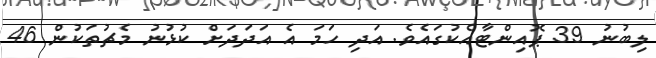
ލިބުނު 39 ޕޮއިންޓާއެކުގައެވެ. އަދި ހަމަ އެ އަދަދަށް ކުޅުނު މެޗުތަކުން 46